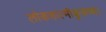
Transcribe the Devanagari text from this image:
लोकमात्मीकुरूष्व।